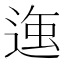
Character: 𮞣